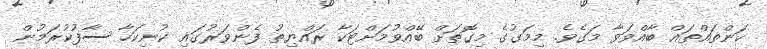
ކަންތައްތައް ބާއްވަވާ މަގެވެ. މިމަގުގެ މިގޮތަށް ބޭއްވުމަށްޓަކާ ރައްޔިތު ފެންވަރުގައި ކުނިކަހާ ސާފުކުރަމުން